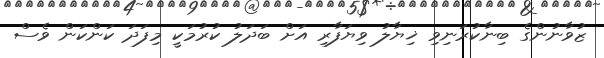
ޒުވާނުންގެ ބިނާކުރަނިވި ޚިޔާލު ވިޔަފާރި އަށް ބަދަލު ކުރުމަކީ މިފަދަ ކަންކަން ވެސް